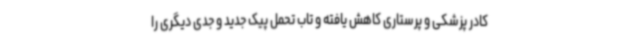
کادر پزشکی و پرستاری کاهش یافته و تاب تحمل پیک جدید و جدی دیگری را